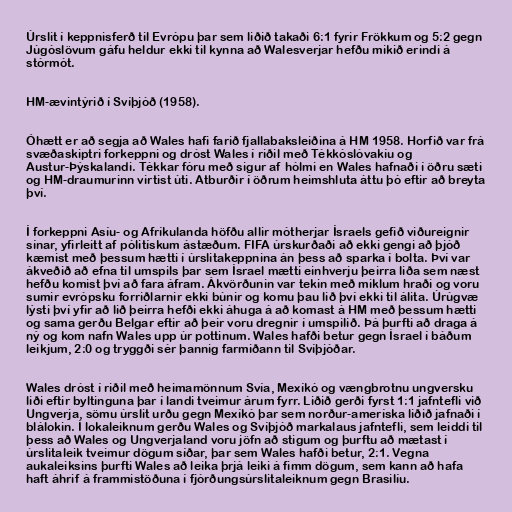
Úrslit í keppnisferð til Evrópu þar sem liðið takaði 6:1 fyrir Frökkum og 5:2 gegn
Júgóslövum gáfu heldur ekki til kynna að Walesverjar hefðu mikið erindi á
stórmót.

HM-ævintýrið í Svíþjóð (1958).

Óhætt er að segja að Wales hafi farið fjallabaksleiðina á HM 1958. Horfið var frá
svæðaskiptri forkeppni og dróst Wales í riðil með Tékkóslóvakíu og
Austur-Þýskalandi. Tékkar fóru með sigur af hólmi en Wales hafnaði í öðru sæti
og HM-draumurinn virtist úti. Atburðir í öðrum heimshluta áttu þó eftir að breyta
því.

Í forkeppni Asíu- og Afríkulanda höfðu allir mótherjar Ísraels gefið viðureignir
sínar, yfirleitt af pólitískum ástæðum. FIFA úrskurðaði að ekki gengi að þjóð
kæmist með þessum hætti í úrslitakeppnina án þess að sparka í bolta. Því var
ákveðið að efna til umspils þar sem Ísrael mætti einhverju þeirra liða sem næst
hefðu komist því að fara áfram. Ákvörðunin var tekin með miklum hraði og voru
sumir evrópsku forriðlarnir ekki búnir og komu þau lið því ekki til álita. Úrúgvæ
lýsti því yfir að lið þeirra hefði ekki áhuga á að komast á HM með þessum hætti
og sama gerðu Belgar eftir að þeir voru dregnir í umspilið. Þá þurfti að draga á
ný og kom nafn Wales upp úr pottinum. Wales hafði betur gegn Ísrael í báðum
leikjum, 2:0 og tryggði sér þannig farmiðann til Svíþjóðar.

Wales dróst í riðil með heimamönnum Svía, Mexíkó og vængbrotnu ungversku
liði eftir byltinguna þar í landi tveimur árum fyrr. Liðið gerði fyrst 1:1 jafntefli við
Ungverja, sömu úrslit urðu gegn Mexíkó þar sem norður-ameríska liðið jafnaði í
blálokin. Í lokaleiknum gerðu Wales og Svíþjóð markalaus jafntefli, sem leiddi til
þess að Wales og Ungverjaland voru jöfn að stigum og þurftu að mætast í
úrslitaleik tveimur dögum síðar, þar sem Wales hafði betur, 2:1. Vegna
aukaleiksins þurfti Wales að leika þrjá leiki á fimm dögum, sem kann að hafa
haft áhrif á frammistöðuna í fjórðungsúrslitaleiknum gegn Brasilíu.